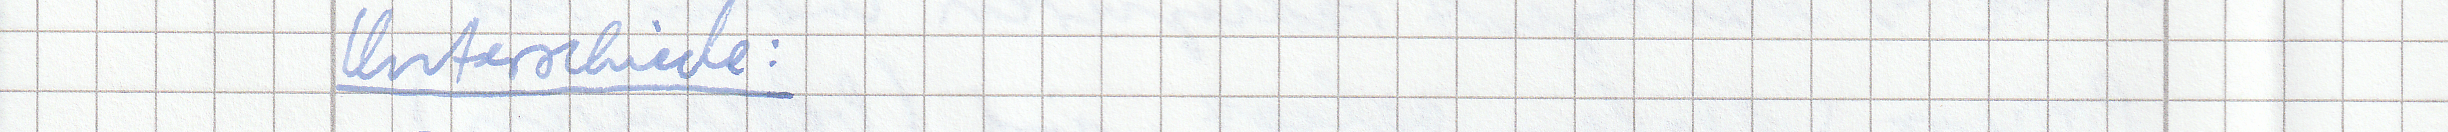
Unterschiede :